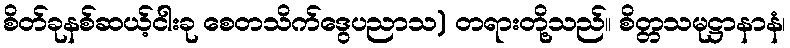
စိတ်ခုနစ်ဆယ့်ငါးခု စေတသိက်ဒွေပညာသ) တရားတို့သည်။ စိတ္တသမုဋ္ဌာနာနံ၊